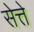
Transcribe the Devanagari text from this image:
सेत्ते